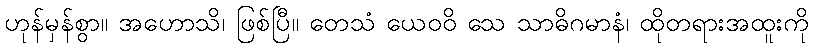
ဟုန်မှန်စွာ။ အဟောသိ၊ ဖြစ်ပြီ။ တေသံ ယေဝဝိ သေ သာဓိဂမာနံ၊ ထိုတရားအထူးကို